Vital statistics of India. Vol. IV, Annual returns from 1871 to 1876. British Army of India, Native Army and jails of Bengal
Year: 1871
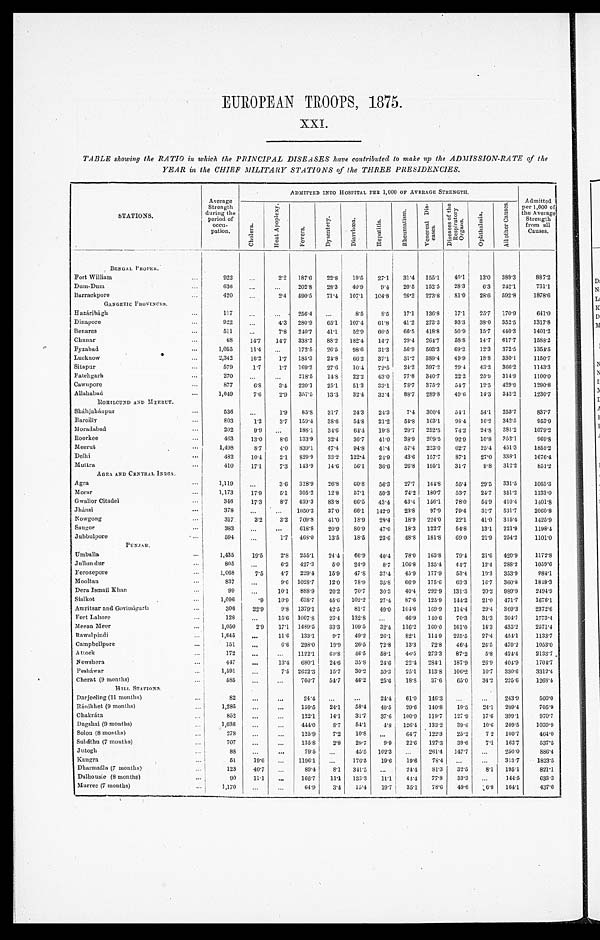
EUROPEAN TROOPS, 1875.
XXI.
TABLE showing the RATIO in which the PRINCIPAL DISEASES have contributed to make up the ADMISSION-RATE of the
YEAR in the CHIEF MILITARY STATIONS of the THREE PRESIDENCIES.
S T A T I O N S .
Average
Strength
duri ng the
peri od of
occu-
pat i on.
ADMITTED INTO HOSPITAL PER 1, 000 OF AVERAGE STRENGTH.
Admi tted
per 1,000 of
Average
Streng t h
from all
Causes.
C h o l e r a .
H e a t A p o p l e x y .
F e v e r s .
D y s e n t e r y . D i a r r h œ a .
H e p a t i t i s .
R h e u m a t i s m .
Vener eal Di s-
eases. D i s e a s e s o f t h e
R e s p i r a t o r y
Or g a n s . O p h t h a l m i a .
A l l o t h e r C a u s e s .
B E N G A L P R O P E R
Fort Wi l l i am
922
2.2 187.6 22.8 19.5 27. 1 31.4 155.1 40.1 13.0 388.3 887. 2
Dum-Dum
636
202.8 28.3 40.9 9.4 20.5 152.5 28.3 6 . 3 242.1 731. 1
Barrackpore
420
2.4 590.5 71.4 107.1 104. 8 26.2 273.8 81.0 28.6 592.8 1878. 6
GANGETIC PROVINCES.
Hazáribágh
117
256.4
8.5 8 . 5 17.1 136.8 17.1 25.7 170.9 641. 0
Di napore
922
4.3 280.9 65.1 107.4 61.8 41.2 273.3 93.3 38.0 352.5 1317. 8
Benares
511
7.8 240.7 41.1 52.9 6 6 . 5 66.5 418.8 50.9 15.7 440.3 1401. 2
Chunar
68 14.7 14.7 338.2 88.2 182.4 14.7 29.4 264.7 58.8 14.7 617.7 1588. 2
Fyzabad
1, 055 11.4
172.5 26.5 98.6 31. 3 56.9 503.3 69.2 12.3 372.5 1354. 5
L u c k n o w
2, 342 16.2 1.7 185.3 24.8 66.2 37.1 31.2 389.4 49.9 18.8 330.1 1150. 7
Si tapur
579 1.7 1.7 169.2 27.6 10.4 72.5 24.2 397.2 29.4 43.2 366.2 1143. 3
Fatehgarh
270
218.5 14.8 22.2 63.0 77.8 340.7 22.2 25.9 314.9 1100. 0
Cawnpore
877 6.8 3.4 220.1 25.1 51.3 33.1 78.7 375.2 54.7 12.5 429.9 1290. 8
Al l ahabad
1, 049 7.6 2.9 357.5 13.3 32.4 32.4 88.7 289.8 49.6 14.3 342.2 1230. 7
R O H I L C U N D A N D M E E R U T .
Sháhjahánpur
536
1.9 85.8 31.7 24.3 24.3 7 . 4 300. 4 54.1 54.1 253.7 837. 9
Bareilly
803 1.2 3.7 159.4 38.6 54.8 21.2 54.8 163. 1 98.4 16.2 342.5 953. 9
Moradabad
202 9.9
188.1 34.6 64.4 19.8 29.1 252. 5 74.2 24.8 381.2 1079. 2
Roorkee
463 13.0 8.6 133.9 32.4 36.7 41.0 38.9 209. 5 92.9 10.8 352.1 969. 8
Meerut
1, 498 8.7 4. 0 839.1 47.4 94.8 41.4 57.4 223. 0 62.7 25.4 451.3 1855. 2
Del hi
482 10.4 2.1 829.9 33.2 122.4 24.9 43.6 157. 7 87.1 27.0 338.1 1676. 4
Muttra
410 17.1 7.3 143.9 14.6 56.1 36.6 26.8 195. 1 31.7 9.8 312.2 851. 2
AGRA ACID CENTRAL INDIA
Agra
1, 119
3.6 328.9 26.9 60.8 56.3 27.7 144. 8 55.4 29.5 331.5 1065. 3
Morar 1, 173 17.9 5.1 305.2 12.8 57.1 50.3 74.2 180. 7 53.7 24.7 351.2 1133. 0
Gwal i or Ci tadel
346 17.3 8.7 439.3 83.8
6 6 . 5 43.4 43.4 156. 1 78.0 54.9 410.4 1401. 8
Jhánsi
378
1050.3 37.0 66.1 142.9 23.8 97. 9 79.4 31.7 531.7 2060. 8
Nowgong
317 3.2 3.2 709.8 41.0 18.9 28.4 18.9 224. 0 22.1 41.0 315.4 1425. 9
Saugor
383
618.8 20.9 80.9 47.0 18.3 122. 7 54.8 13.1 221.9 1198. 4
Jubbulpore
594
1.7 468.0 13.5 18.5 23.6 48.8 181. 8 69.0 21.9 254.2 1101. 0
P U N J A B .
Umbal l a
1, 435 19.5 2.8 255.1 24. 4 66.9 40.4 78.0 163. 8 79.4 21.6 420.9 1172. 8
Jullundur
805
6.2 427.3 5.0 24.9 8.7 106.8 135. 1 44.7 12.4 288.2 1059. 6
Ferozepore
1, 068 7.5 4.7 229.4 15.9 47.8 37.4 45.9 177. 9 53.4 10.3 353.9 984. 1
Mool tan
8 3 7
9.6 1028.7 12.0 78.9 35.8 66.9 175. 6 63.3 16.7 360.8 1818. 3
Dera Ismai l Khan
9
10.1 888.9 20.2 70.7 30.3 40.4 292. 9 131.3 20.2 989.9 2494. 9
Si al kot
1, 096 .9 10.9 638.7 45.6 102.2 27.4 87.6 125. 9 144.2 21.0 471.7 1676. 1
Amritsar and Govindgarh
306 22.9 9.8 1379.1 42.5 81.7 49.0 104.6 169. 9 114.4 29.4 369.3 2372. 6
Fort Lahore
128
15.6 1007.8 23.4 132.8
46.9 140. 6 70.3 31.3 304.7 1773. 4
Meean Meer 1, 050 2.9 17.1 1489.5 33.3 109.5 32.4 116.2 160. 0 161.0 14.3 435.2 2571. 4
Rawal pi ndi
1,645
11.6 133.1 9.7 49.2 26.1
8 2 . 1 114. 9 225.5 27.4 454.1 1133. 7
Campbel l pore
151
6.6 298.0 19.9 26.5 72.8 13.3 72. 8 46.4 26.5 470.2 1053.0
A ttock
172
1122.1 69.5 46.5 58.1 46.5 273. 3 87.2 5.8 424.4 2133.7
Nowshera
447
13.4 680.1 24.6 35.8 24.6 22.4 284. 1 187.9 26.9 404.9 1704.7
Pesháwar 1,591
7.5 2622.3 15.7 30.2 50.3 25.1 113. 8 106.2 10.7 330.6 3312.4
Cherat (9 months)
58
760.7 54.7 46.2 25.6 18.8 37. 6
6 5 . 0 34.2 225.6 1268.4
H I L L S T A T I O N
,
Darj eel i ng (11 months)
82
24.4
24.4 61.0 146. 3
243.9 500.0
R á n i k h e t ( 9 m o n t h s )
1 , 2 8 5
159.5 24.1 58.4 40.5 29.6 140. 8 19.5 24.1 209.4 705.9
Chakráta
852
122.1 14.1 31.7 37.6 100.9 119. 7 127.9 17.6 399.1 970.7
Dagshai (9 months) 1, 036
444.0
8 . 7 54.1 4.8 126.4 133. 2 39.6 10.6 209.5
1 0 3 0 . 9
Solon (8 months)
2 7 8
125.9 7.2 10.8
64.7 122. 3 25.2 7.2 100.7 464.0
Subáthu (7 months)
707
135.8 2.8 29.7 9.9 22.6 127. 3 39.6 7.1 162.7 537.5
Jutogh
8 8
79.5
45.5 102.3
261. 4 147.7
250.0
8 8 6 . 4
Kangra
51 19.6
1196.1
176.5 19.6 19.6 78. 4
313.7 1823.5
Dharmsál a (7 months)
123 40.7
89.48.1 341.5
24.4 81. 3 32.5 8.1 195.1 821.1
Dalhousie (8 months)
9 0 11.1
166.7 11.1 133.3 11.1 44.4 77. 8 33.3
144.5 633.3
Murree (7 months)
1 . 1 7 0
64.9 3.4 15.4 19.7 35.1 78. 6 49.6 6.8 164.1 437.6